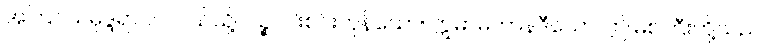
အကြင်သမုဒ္ဒရာပင်လယ်သို့။ ပဉ္စ၊ ငါးစင်းကုန်သော။ ဣမာမဟာနဒီယော၊ ဤမြစ်ကြီးတို့သည်။